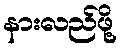
နားလည်ဖို့